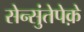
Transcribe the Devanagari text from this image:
सेन्सुंतेपेक़े